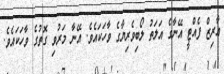
އާރިޒް ފެއްޓީ އޭނާގެ އަލަތު ލޯބިވެރިޔާގެ ވާހަކައެވެ. އޭނާ މަރުވި ގޮތުގެ ވާހަކައެވެ.